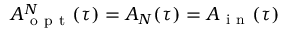
A _ { \mathrm { ~ o ~ p ~ t ~ } } ^ { N } ( \tau ) = A _ { N } ( \tau ) = A _ { \mathrm { ~ i ~ n ~ } } ( \tau )